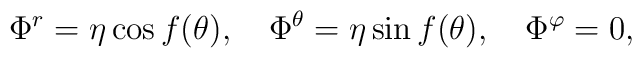
\Phi^r= \eta \cos f(\theta),~~~\Phi^{\theta}= \eta \sin f(\theta),~~~\Phi^{\varphi}=0,